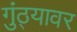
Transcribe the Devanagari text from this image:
गुंठ्यावर